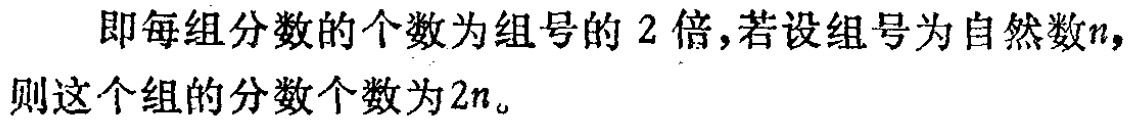
即每组分数的个数为组号的 2 倍，若设组号为自然数\(n\)，则这个组的分数个数为\(2n\)。